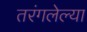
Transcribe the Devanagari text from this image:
तरंगलेल्या